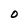
Character: O